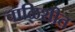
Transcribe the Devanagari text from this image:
चाळिशीत